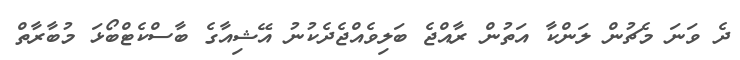
ދެ ވަނަ މެޗުން ލަންކާ އަތުން ރާއްޖެ ބަލިވެއްޖެދެކުނު އޭޝިއާގެ ބާސްކެޓްބޯޅަ މުބާރާތް